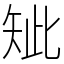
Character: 䂑